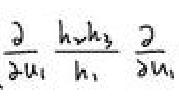
$\frac{\partial}{\partial u_1}\frac{h_2 h_3}{h_1}\frac{\partial}{\partial u_1}$